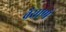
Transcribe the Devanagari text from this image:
बैसाणे